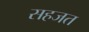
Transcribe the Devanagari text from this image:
सहजत